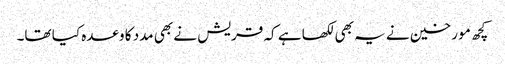
کچھ مو رخین نے یہ بھی لکھا ہے کہ قریش نے بھی مدد کا وعدہ کیا تھا۔